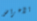
الأغراض